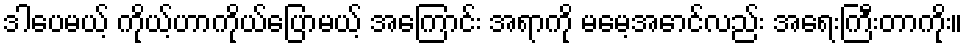
ဒါပေမယ့် ကိုယ့်ဟာကိုယ်ပြောမယ့် အကြောင်း အရာကို မမေ့အောင်လည်း အရေးကြီးတာကိုး။